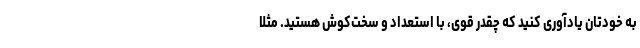
به خودتان یادآوری کنید که چقدر قوی، با استعداد و سخت‌کوش هستید. مثلا